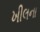
ખીલના